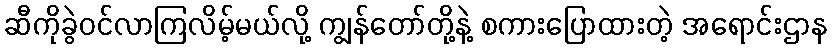
ဆီကိုခွဲဝင်လာကြလိမ့်မယ်လို့ ကျွန်တော်တို့နဲ့ စကားပြောထားတဲ့ အရောင်းဌာန